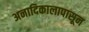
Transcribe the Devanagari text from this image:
अनादिकालापासून